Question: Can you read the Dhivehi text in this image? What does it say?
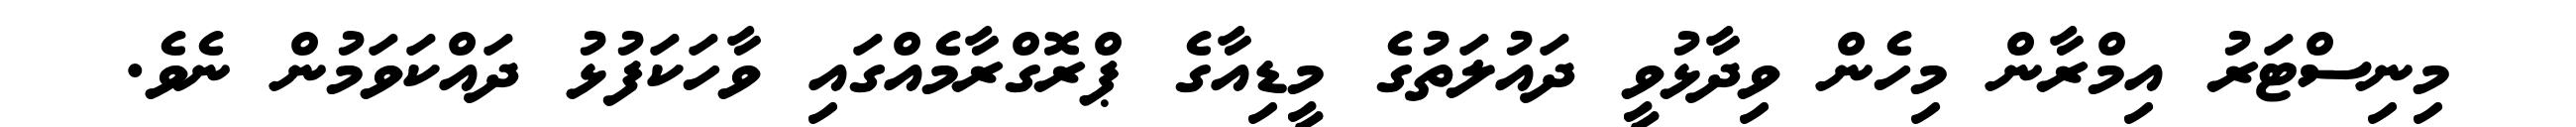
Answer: މިނިސްޓަރު އިމްރާން މިހެން ވިދާޅުވީ ދައުލަތުގެ މީޑިއާގެ ޕްރޮގްރާމެއްގައި ވާހަކަފުޅު ދައްކަވަމުން ނެވެ.